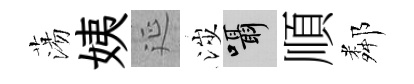
蕩姨延涉囁順鄰